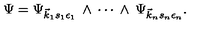
\Psi = \Psi _ { \vec { k } _ { 1 } s _ { 1 } \epsilon _ { 1 } } \: \wedge \: \cdots \: \wedge \: \Psi _ { \vec { k } _ { n } s _ { n } \epsilon _ { n } } .